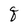
Character: q